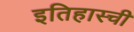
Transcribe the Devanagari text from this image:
इतिहास्ची